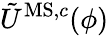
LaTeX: \tilde{U}^{\mathrm{MS,}c}(\phi)